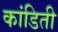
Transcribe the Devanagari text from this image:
कांडिती